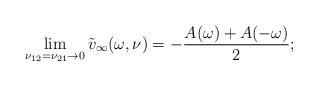
LaTeX: \begin{align*}\lim_{\nu_{12} = \nu_{21} \to 0} \tilde v_{\infty}(\omega,\nu) = - \frac {A(\omega) + A(-\omega)}2;\end{align*}